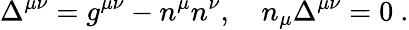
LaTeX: \Delta^{\mu\nu}=g^{\mu\nu}-n^{\mu}n^{\nu},\quad n_{\mu}\Delta^{\mu\nu}=0\mathrm{~.}